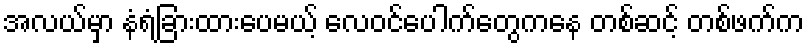
အလယ်မှာ နံရံခြားထားပေမယ့် လေဝင်ပေါက်တွေကနေ တစ်ဆင့် တစ်ဖက်က